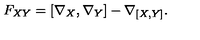
F _ { X Y } = [ \nabla _ { X } , \nabla _ { Y } ] - \nabla _ { [ X , Y ] } .